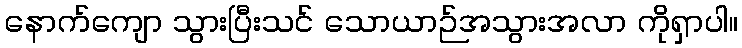
နောက်ကျော သွားပြီးသင် သောယာဉ်အသွားအလာ ကိုရှာပါ။